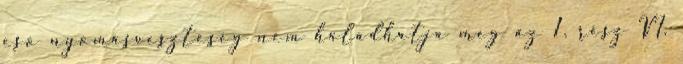
esõ nyomásveszteség nem haladhatja meg az 1. rész VI.